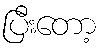
ပြီးတော့